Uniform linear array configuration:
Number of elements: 64
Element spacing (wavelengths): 0.75
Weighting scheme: uniform
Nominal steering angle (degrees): -30
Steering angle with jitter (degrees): -29.47
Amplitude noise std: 0.05
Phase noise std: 0.05

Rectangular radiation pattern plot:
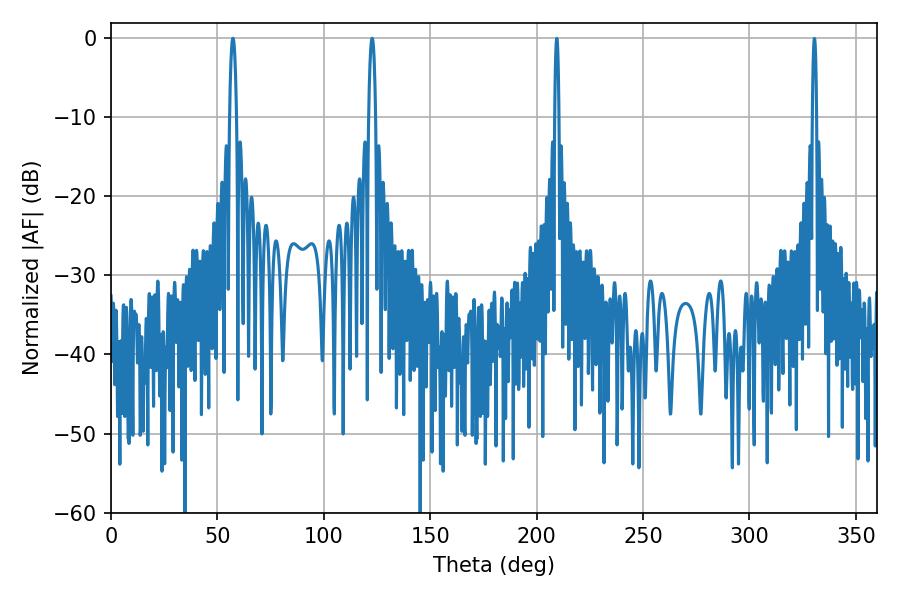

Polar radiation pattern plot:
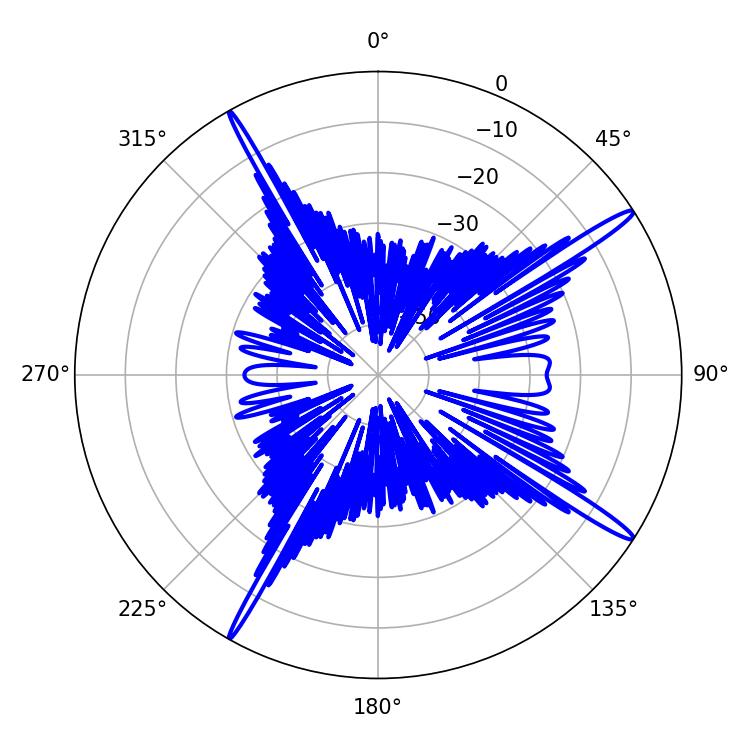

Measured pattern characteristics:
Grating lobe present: TRUE
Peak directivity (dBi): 16.813
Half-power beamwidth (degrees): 1.8
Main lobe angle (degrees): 122.76